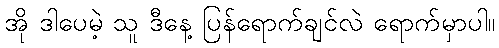
အို ဒါပေမဲ့ သူ ဒီနေ့ ပြန်ရောက်ချင်လဲ ရောက်မှာပါ။